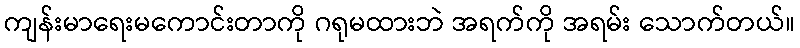
ကျန်းမာရေးမကောင်းတာကို ဂရုမထားဘဲ အရက်ကို အရမ်း သောက်တယ်။